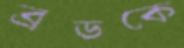
ব্রডকে